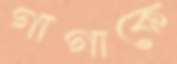
গাগাকে